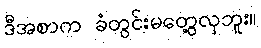
ဒီအစာက ခံတွင်းမတွေ့လှဘူး။